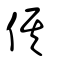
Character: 倛